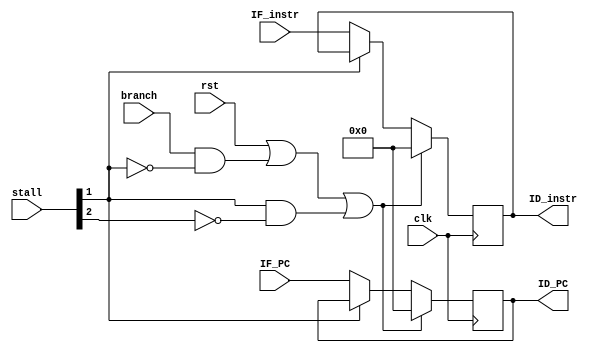
module reg_IF_ID#(parameter XLEN = 32)
                 (input wire clk,
                  input wire rst,
                  input wire branch,
                  input wire [5:0] stall,
                  input [XLEN-1:0]IF_instr,
                  input [XLEN-1:0]IF_PC,
                  output reg [XLEN-1:0]ID_PC,
                  output reg [XLEN-1:0]ID_instr);
    always @ (posedge clk) begin
        if (rst || (branch && !stall[1]) || (stall[1] && !stall[2])) begin
            ID_instr <= 0;
            ID_PC    <= 0;
            end else if (!stall[1]) begin
            ID_instr <= IF_instr;
            ID_PC    <= IF_PC;
        end
    end
endmodule